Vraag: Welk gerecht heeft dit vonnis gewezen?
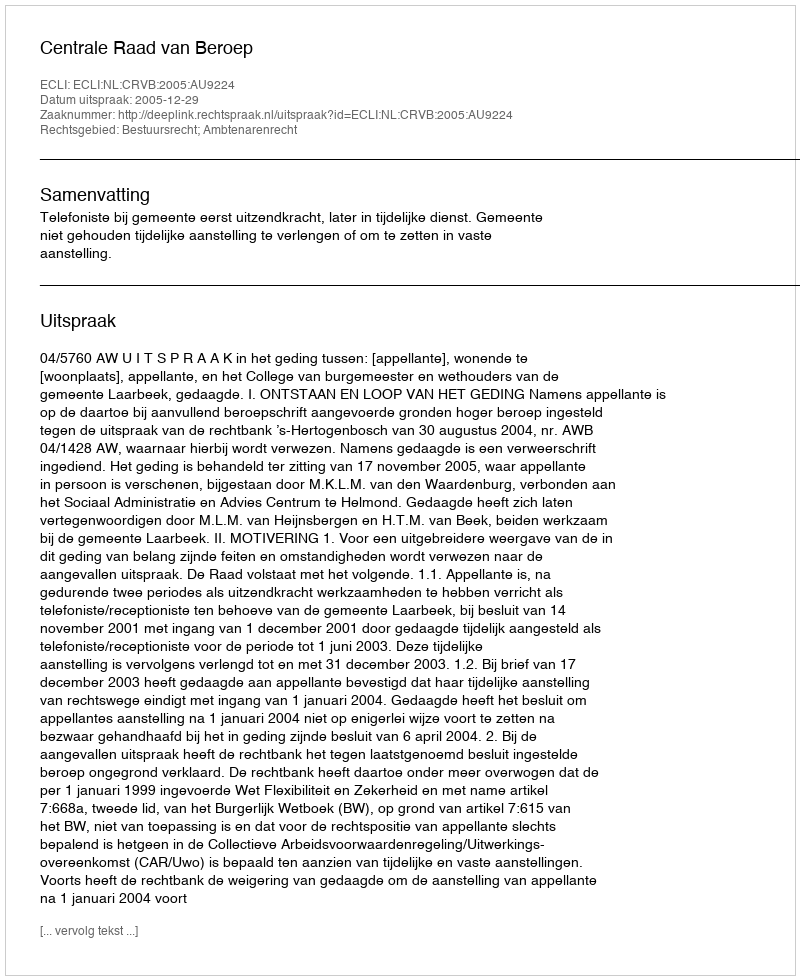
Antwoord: Centrale Raad van Beroep